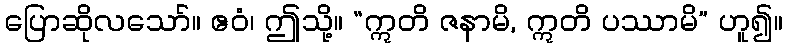
ပြောဆိုလသော်။ ဧဝံ၊ ဤသို့။ “ဣတိ ဇနာမိ, ဣတိ ပဿာမိ” ဟူ၍။